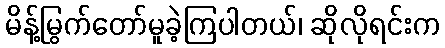
မိန့်မြွက်တော်မူခဲ့ကြပါတယ်၊ ဆိုလိုရင်းက